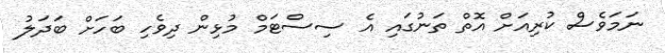
ނަމަވެސް ކުރިއަށް އޮތް ތަނުގައި އެ ސިސްޓަމް މުޅިން ދިވެހި ބަހަށް ބަދަލު